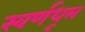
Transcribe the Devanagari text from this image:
स्वर्णधूल